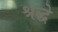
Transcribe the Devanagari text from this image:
श्रद्धे